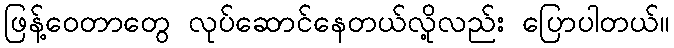
ဖြန့်ဝေတာတွေ လုပ်ဆောင်နေတယ်လို့လည်း ပြောပါတယ်။